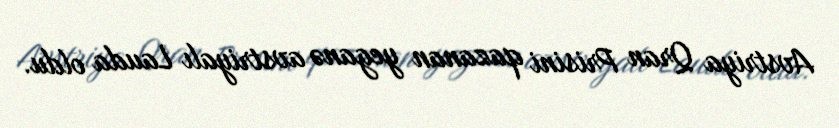
Avstriya Qran Prisini qazanan yeganə avstriyalı Lauda oldu.